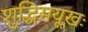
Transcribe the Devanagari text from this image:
शुद्धिमयूखः